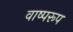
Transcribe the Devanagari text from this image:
वाष्परूप